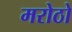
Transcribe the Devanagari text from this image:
मरोठो